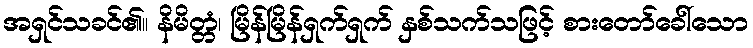
အရှင်သခင်၏။ နိမိတ္တံ၊ မြိန်မြိန်ရှက်ရှက် နှစ်သက်သဖြင့် စားတော်ခေါ်သော